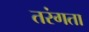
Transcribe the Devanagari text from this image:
तरंगता